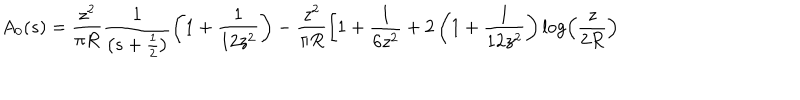
LaTeX: A _ { 0 } ( s ) = \frac { z ^ { 2 } } { \pi R } \frac { 1 } { \left( s + \frac 1 2 \right) } \left( 1 + \frac 1 { 1 2 z ^ { 2 } } \right) - \frac { z ^ { 2 } } { \pi R } \left[ 1 + \frac 1 { 6 z ^ { 2 } } + 2 \left( 1 + \frac 1 { 1 2 z ^ { 2 } } \right) \log \left( \frac { z } { 2 R } \right) \right.